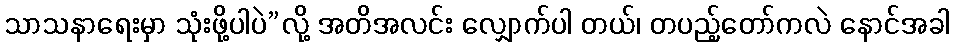
သာသနာရေးမှာ သုံးဖို့ပါပဲ”လို့ အတိအလင်း လျှောက်ပါ တယ်၊ တပည့်တော်ကလဲ နောင်အခါ